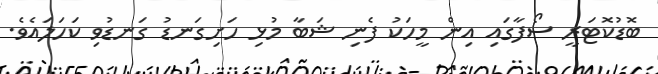
ބޮޑުކޮޓަރީ ސޯފާގައި އިން މީހަކު ފެނި ޝަބާ މުޅި ހަށިގަނޑު ގަނޑުވި ކަހަލައެވެ.